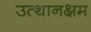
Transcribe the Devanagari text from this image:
उत्थानक्षम